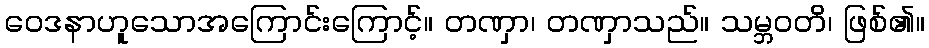
ဝေဒနာဟူသောအကြောင်းကြောင့်။ တဏှာ၊ တဏှာသည်။ သမ္ဘဝတိ၊ ဖြစ်၏။